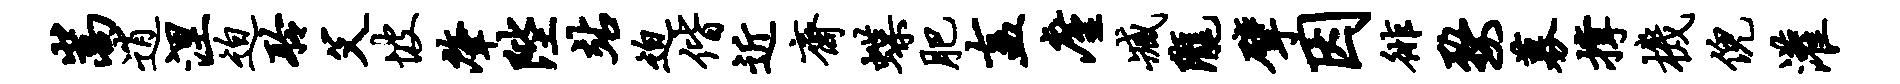
嵩逍涅迫聆父坡肇陛站迫偕近斋蝶肥盍廑臧陇擘因徘婺募撑机倪灌